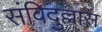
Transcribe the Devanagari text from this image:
संविदुल्लास